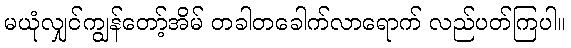
မယုံလျှင်ကျွန်တော့်အိမ် တခါတခေါက်လာရောက် လည်ပတ်ကြပါ။